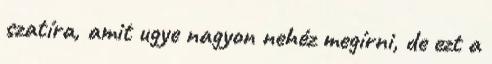
szatíra, amit ugye nagyon nehéz megírni, de ezt a